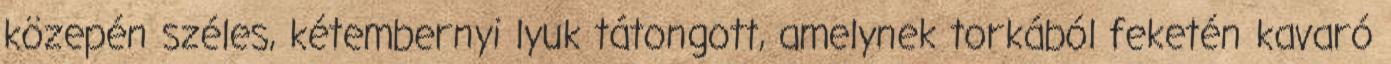
közepén széles, kétembernyi lyuk tátongott, amelynek torkából feketén kavaró